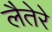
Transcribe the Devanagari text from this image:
लैतेरे